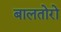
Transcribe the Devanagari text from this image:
बालतोरो